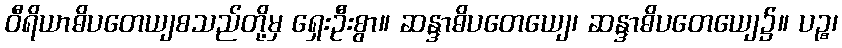
ဝီရိယာဓိပတေယျစသည်တို့မှ ရှေးဦးစွာ။ ဆန္ဒာဓိပတေယျေ၊ ဆန္ဒာဓိပတေယျေ၌။ ပဉ္စ၊